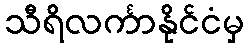
သီရိလင်္ကာနိုင်ငံမှ